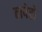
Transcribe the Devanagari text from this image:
लपेटो